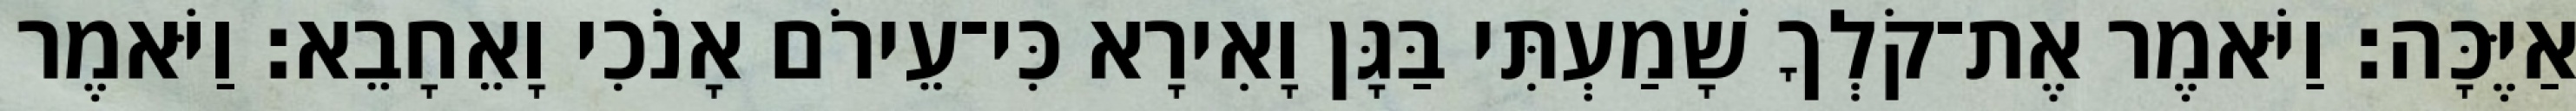
אַיֶּכָּה׃ וַיֹּאמֶר אֶת־קֹלְךָ שָׁמַעְתִּי בַּגָּן וָאִירָא כִּי־עֵירֹם אָנֹכִי וָאֵחָבֵא׃ וַיֹּאמֶר